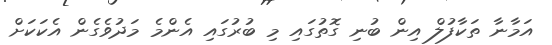
އަމާނާ ތަކާފުލް އިން ބުނި ގޮތުގައި މި ބުރުގައި އެންމެ މަދުވެގެން އެކަކަށް